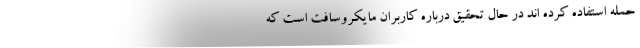
حمله استفاده کرده اند در حال تحقیق درباره کاربران مایکروسافت است که